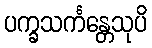
ပက္ခသင်္ကန္တေသုပိ